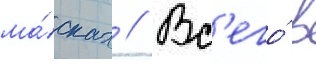
ма́сках // Вс'его́ в